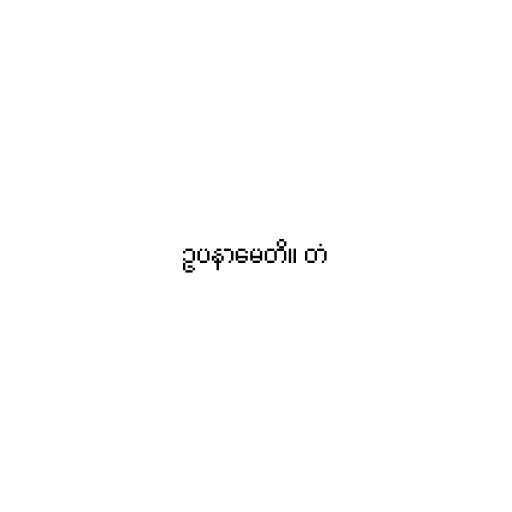
ဥပနာမေတိ။ တံ